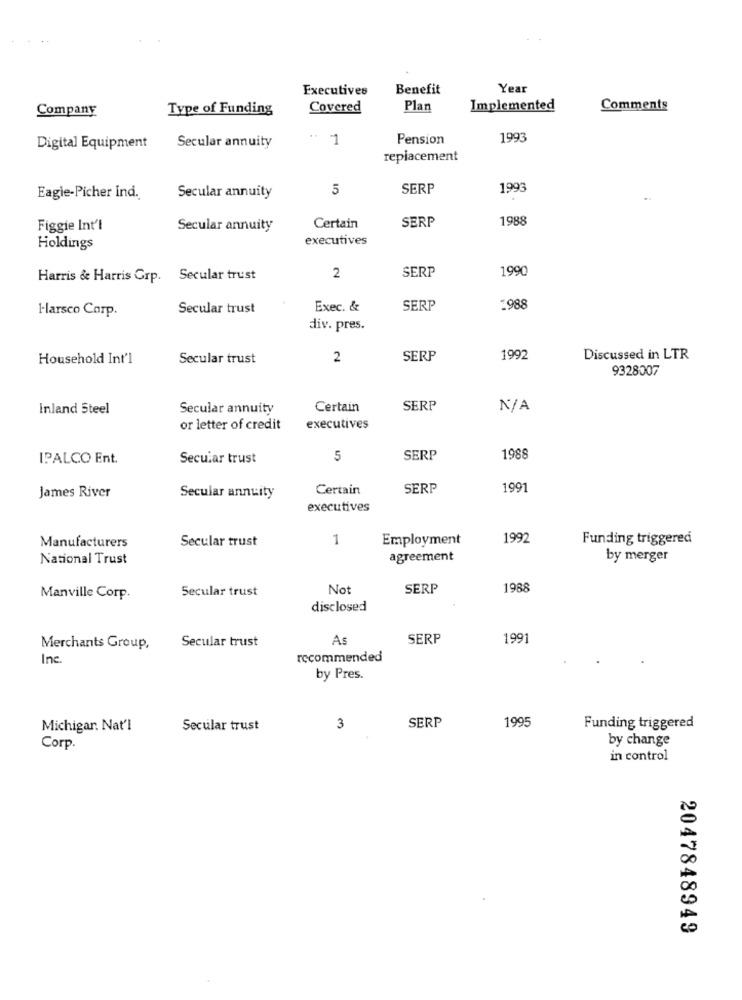
Executives
Benefit
Year
Company
Type of Funding
Covered
Plan
Implemented
Comments
..
1
Pension
1993
Digital Equipment
Secular annuity
replacement
5
SERP
1993
Eagle-Picher Ind.
Secular annuity
SERP
1988
Figgie Int'l
Secular annuity
Certain
executives
Holdings
1990
Harris & Harris Grp. Secular trust
2
SERP
Harsco Corp.
Secular trust
Exec. &
SERP
1988
div. pres.
Household Int'l
Secular trust
2
SERP
1992
Discussed in LTR
9328007
Inland Steel
Secular annuity
Certain
SERP
or letter of credit
executives
IPALCO Ent.
Secular trust
5
SERP
1988
James River
Certain
SERP
1991
Secular annuity
executives
Secular trust
1
Employment
1992
Funding triggered
Manufacturers
National Trust
agreement
by merger
Secular trust
No
SERP
1988
Manville Corp.
disclosed
Secular trust
As
SERP
1991
Merchants Group,
Inc.
recommended
by Pres.
SERP
1995
Michigar. Nat'l
Secular trust
3
Funding triggered
by change
Corp.
in control
2047848949